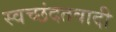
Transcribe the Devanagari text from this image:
स्वच्छंदतवादी